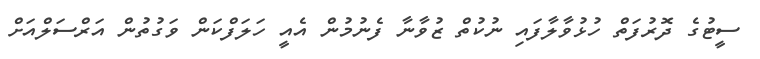
ސީޓުގެ ދޮރުފަތް ހުޅުވާލާފައި ނުކުތް ޒުވާނާ ފެނުމުން އެއީ ހަލަފްކަން ވަގުތުން އަރްސަލްއަށް